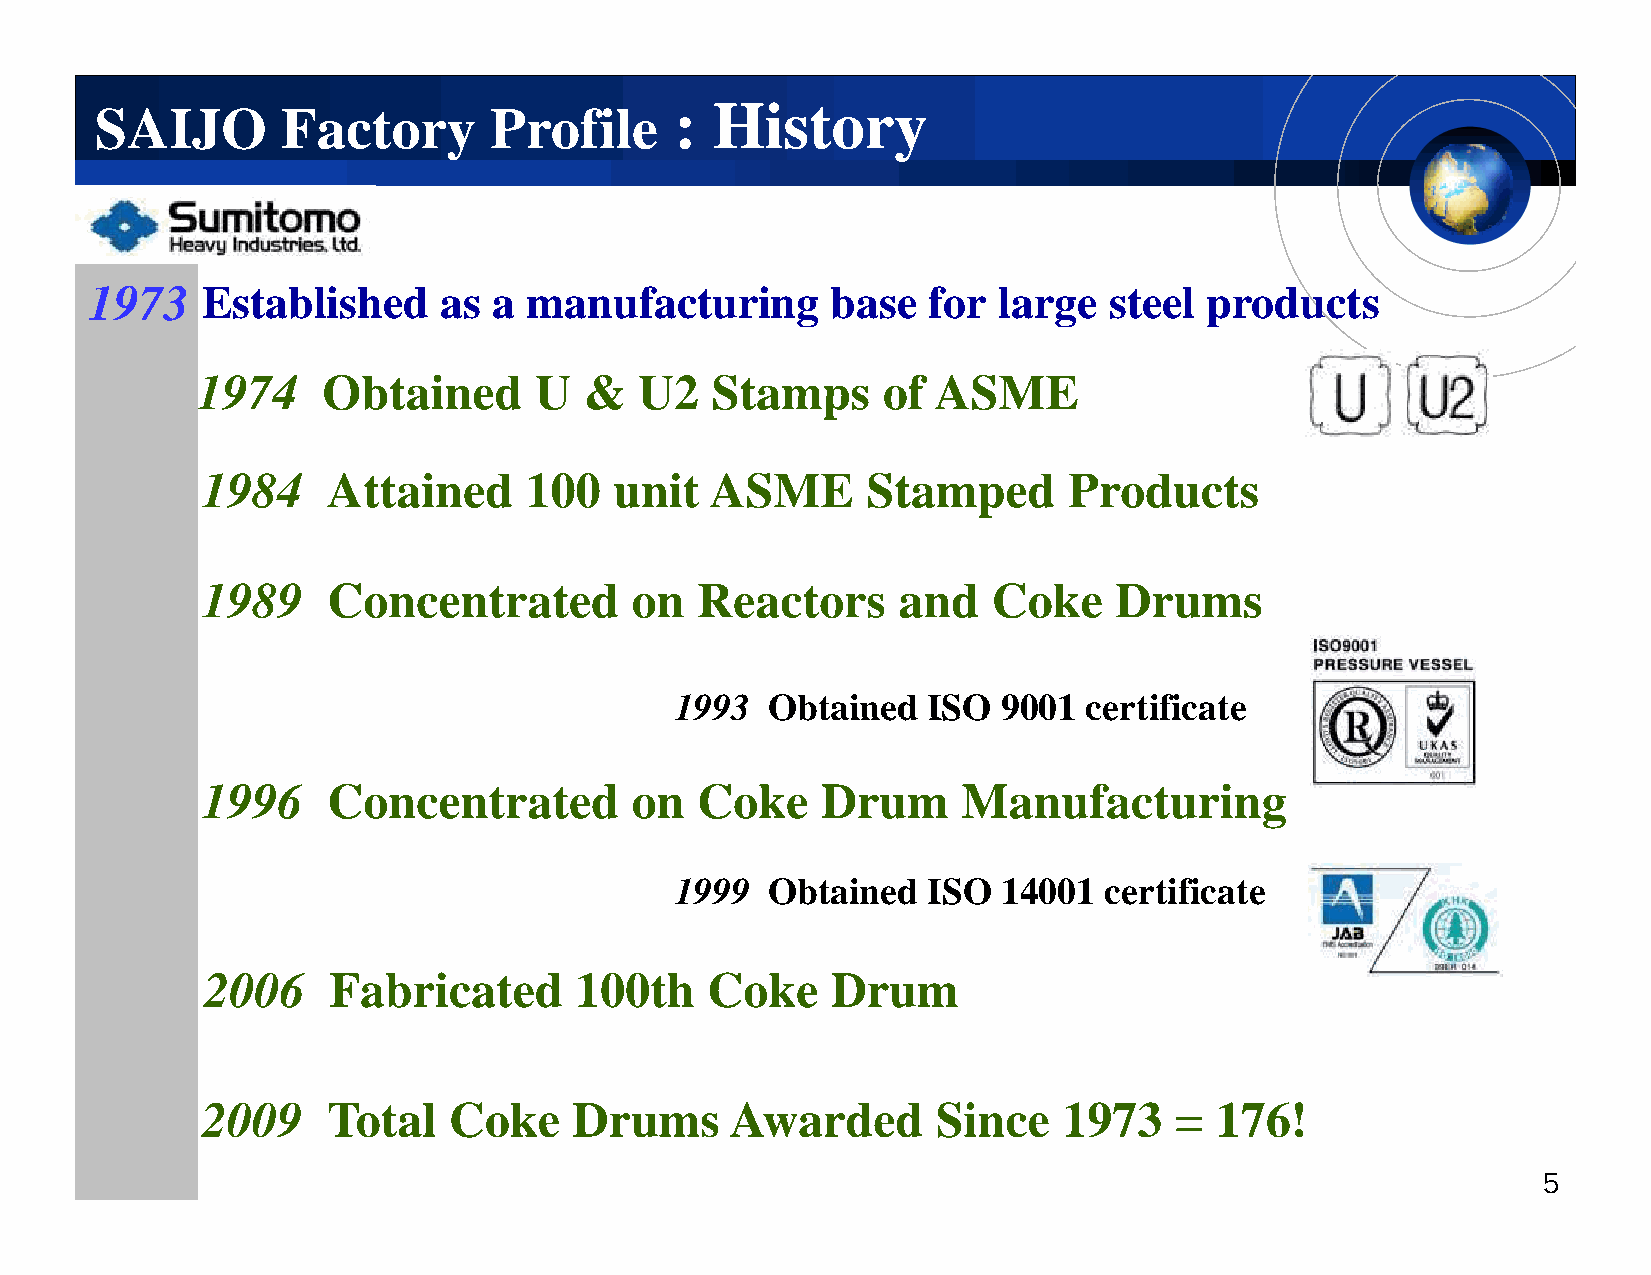
:: HHiissttoorryy
 SSAAIIJJOO   FFaaccttoorryy PPrrooffiillee
 11997733 Established   as  a manufacturing       base  for  large  steel  products
 11997744 OObbttaaiinneedd UU && UU22 SSttaammppss ooff AASSMMEE
 1984     Attained     100   unit  ASME      Stamped       Products
 1989     Concentrated        on  Reactors     and    Coke    Drums
 11999933 OObbttaaiinneedd IISSOO 99000011 cceerrttiiffiiccaattee
 1996     Concentrated        on  Coke    Drum      Manufacturing
 1999999 Obtained ISO 14001  certificate
 2006    Fabricated      100th    Coke    Drum
 2009     Total   Coke    Drums     Awarded       Since   1973    = 176!
 5